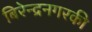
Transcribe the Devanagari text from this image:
बिरेन्द्रनगरकी